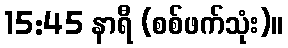
15:45 နာရီ (စစ်ဖက်သုံး)။